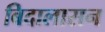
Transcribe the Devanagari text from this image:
बिदालासन